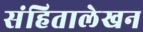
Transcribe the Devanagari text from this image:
संहितालेखन